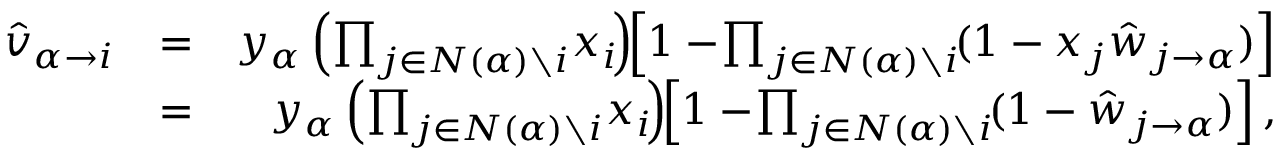
\begin{array} { r l r } { \! \! \! \! \! \! \hat { v } _ { \alpha \to i } } & { = } & { y _ { \alpha } \left( \prod _ { j \in N ( \alpha ) \setminus i } \! x _ { i } \! \right) \! \! \left[ 1 - \! \prod _ { j \in N ( \alpha ) \setminus i } \! ( 1 - x _ { j } \hat { w } _ { j \rightarrow \alpha } ) \right] } \\ & { = } & { y _ { \alpha } \left( \prod _ { j \in N ( \alpha ) \setminus i } \! x _ { i } \! \right) \! \! \left[ 1 - \! \prod _ { j \in N ( \alpha ) \setminus i } \! ( 1 - \hat { w } _ { j \rightarrow \alpha } ) \right] , } \end{array}